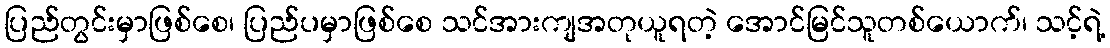
ပြည်တွင်းမှာဖြစ်စေ၊ ပြည်ပမှာဖြစ်စေ သင်အားကျအတုယူရတဲ့ အောင်မြင်သူတစ်ယောက်၊ သင့်ရဲ့